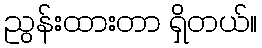
ညွန်းထားတာ ရှိတယ်။